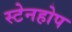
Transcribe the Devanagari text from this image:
स्टेनहोप